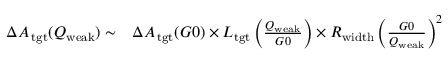
\begin{array} { r l } { \Delta { { A _ { \, \mathrm { { t g t } } } } } ( Q _ { \mathrm { { w e a k } } } ) \sim } & { { } \Delta { { A _ { \, \mathrm { { t g t } } } } } ( G 0 ) \times L _ { \mathrm { { t g t } } } \left( \frac { Q _ { \mathrm { { w e a k } } } } { G 0 } \right) \times R _ { \mathrm { { w i d t h } } } \left( \frac { G 0 } { Q _ { \mathrm { { w e a k } } } } \right) ^ { 2 } } \end{array}